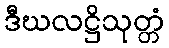
ဒီဃလဋ္ဌိသုတ္တံ